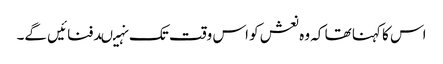
اس کا کہنا تھا کہ وہ نعش کو اس وقت تک نہیںدفنائیں گے۔